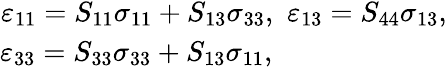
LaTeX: \begin{array}{r}{\varepsilon_{11}=S_{11}\sigma_{11}+S_{13}\sigma_{33},\, \, \varepsilon_{13}=S_{44}\sigma_{13},}\\ {\varepsilon_{33}=S_{33}\sigma_{33}+S_{13}\sigma_{11},\qquad\qquad\qquad\, }\end{array}